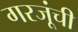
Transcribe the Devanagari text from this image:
गरजूंची